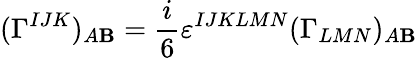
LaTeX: (\Gamma^{IJK})_{A\mathbf{B}}=\frac{{i}}{{6}}\varepsilon^{IJKLMN}(\Gamma_{LMN})_{A\mathbf{B}}